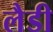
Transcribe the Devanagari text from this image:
लैडी